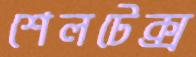
শেলটেক্স